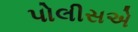
પોલીસએ